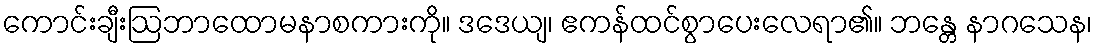
ကောင်းချီးဩဘာထောမနာစကားကို။ ဒဒေယျ၊ ဧကန်ထင်စွာပေးလေရာ၏။ ဘန္တေ နာဂသေန၊